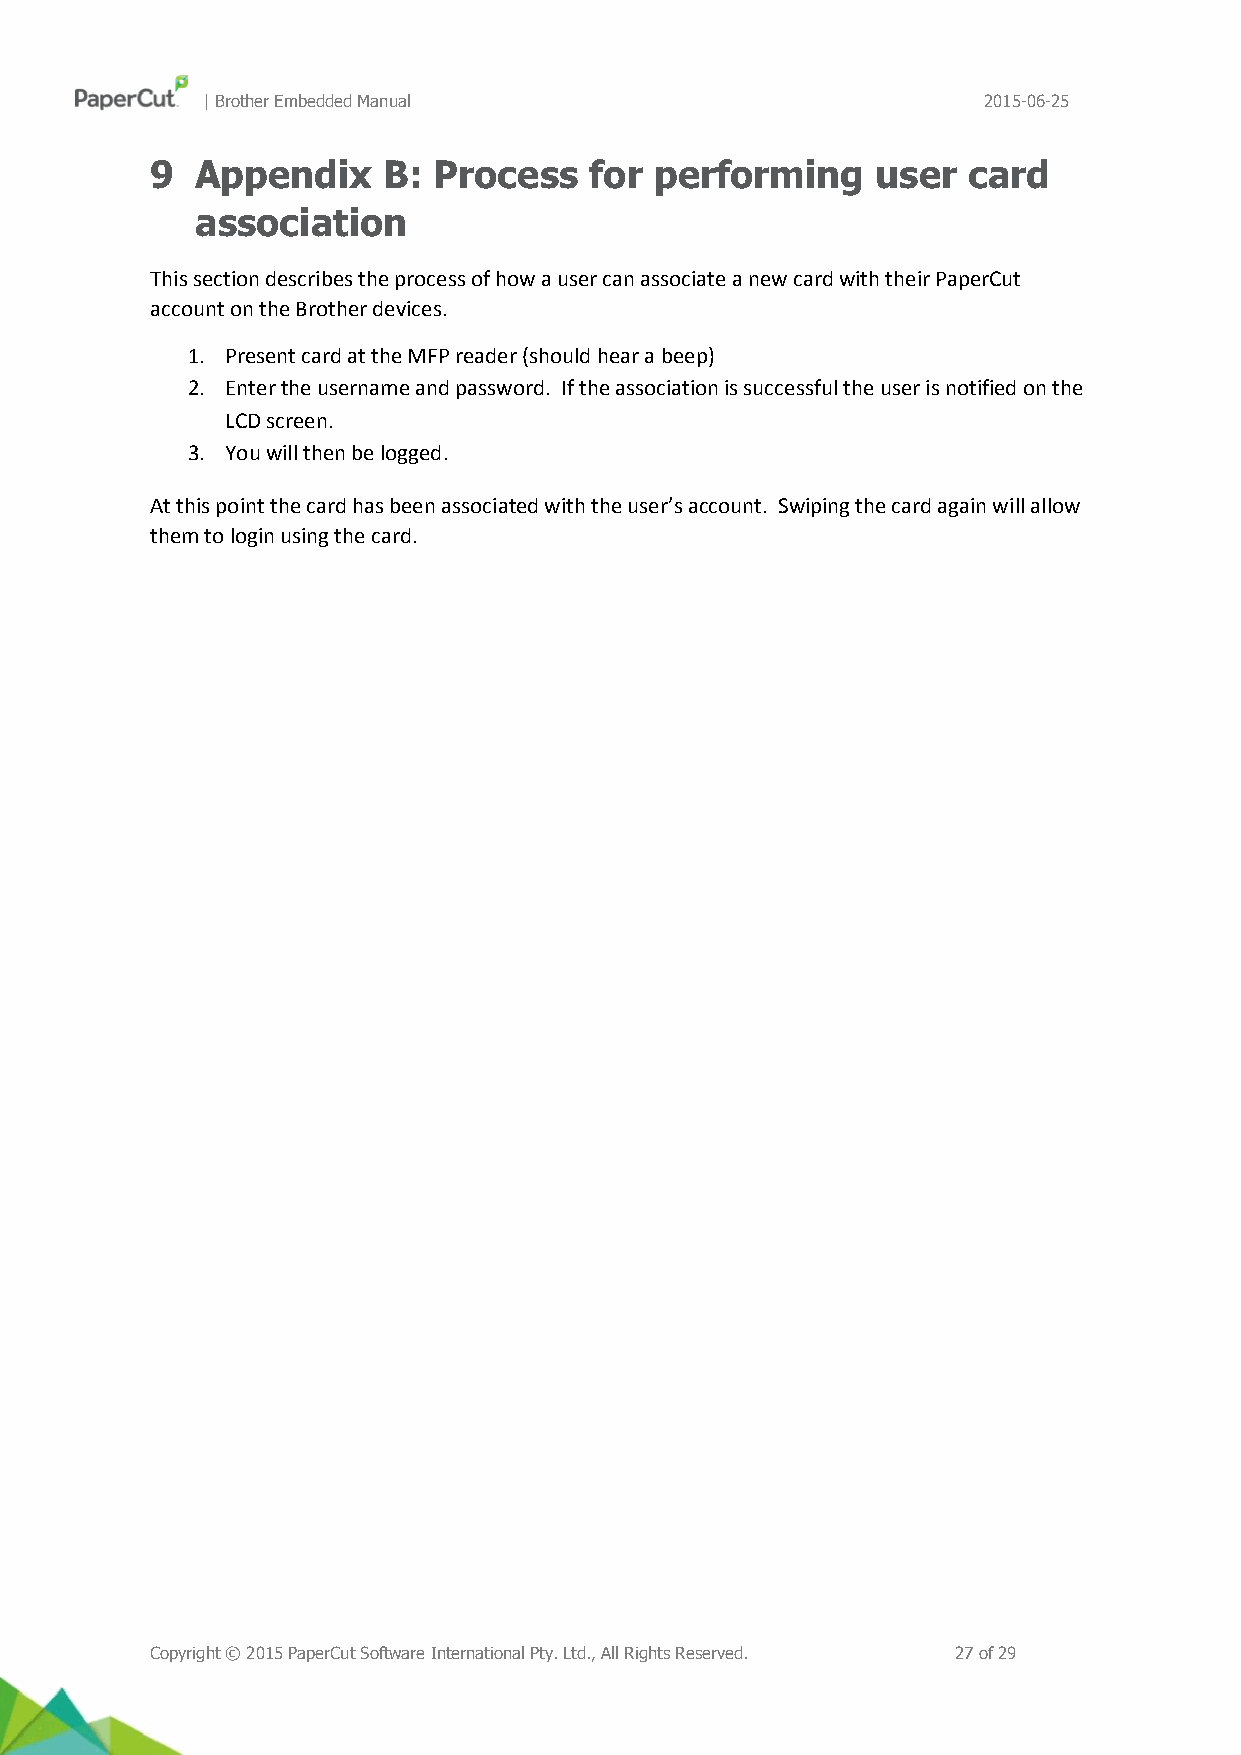
| Brother Embedded Manual                           2015-06-25
 9  Appendix    B:  Process   for performing     user  card
 association
 This section describes the process of how a user can associate a new card with their PaperCut
 account on the Brother devices.
 1. Present card at the MFP reader (should hear a beep)
 2. Enter the username and password. If the association is successful the user is notified on the
 LCD screen.
 3. You will then be logged.
 At this point the card has been associated with the user’s account. Swiping the card again will allow
 them to login using the card.
 Copyright © 2015 PaperCut Software International Pty. Ltd., All Rights Reserved. 27 of 29